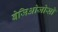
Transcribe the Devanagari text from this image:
बेजिओजोसो